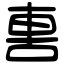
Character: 軎